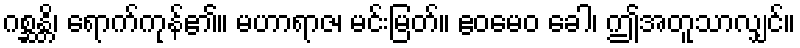
ဂစ္ဆန္တိ၊ ရောက်ကုန်၏။ မဟာရာဇ၊ မင်းမြတ်။ ဧဝမေဝ ခေါ၊ ဤအတူသာလျှင်။